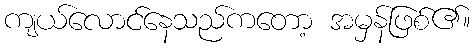
ကျယ်လောင်နေသည်ကတော့ အမှန်ဖြစ်၏။